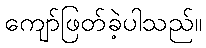
ကျော်ဖြတ်ခဲ့ပါသည်။